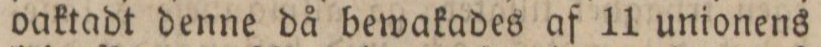
oaktadt denne då bewakades af 11 unionens